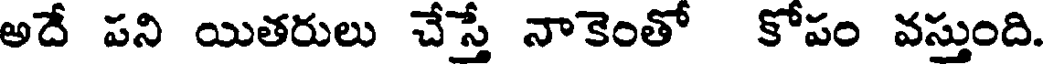
అదే పని యితరులు చేస్తే నాకెంతో కోపం వస్తుంది.